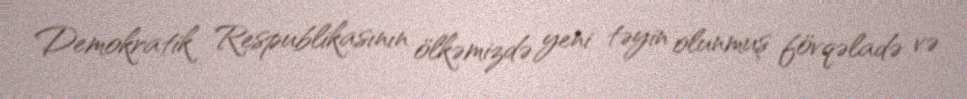
Demokratik Respublikasının ölkəmizdə yeni təyin olunmuş fövqəladə və